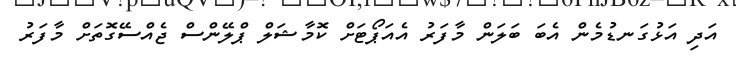
އަދި އަޅުގަނޑުމެން އެބަ ބަލަން މާފަރު އެއަޕޯޓަށް ކޮމާޝަލް ޕްލޭންސް ޖެއްސޭގޮތަށް މާފަރު